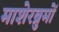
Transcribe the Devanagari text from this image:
माशेरब्रुमों